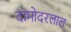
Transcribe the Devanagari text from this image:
दामोदरलाल